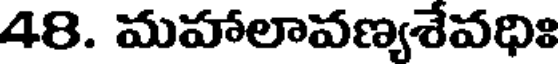
48. మహాలావణ్యశేవధిః